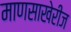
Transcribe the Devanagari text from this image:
माणसाखेरीज